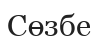
Сөзбе